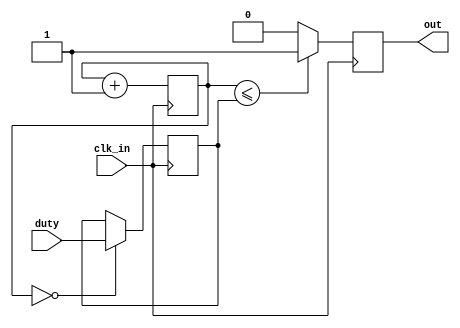
module PWM(clk_in, duty, out);
	//t = 100 us p= t/2E-8  sd = p/2E12 = 1
//   parameter period = 5_000;
	
	input clk_in;
	input [11:0] duty;
	output out;

	reg out;
	reg[11:0] duty_reg;	// registered duty cycle, to ensure update only occurs at counter rollover
	reg [11:0] counter = 12'd0;
	
	always @(posedge clk_in)
	begin
		counter <= counter + 1;
		
		if(counter <= duty_reg)//*period)
			out = 1; 
		else
			out = 0;
			
   if (counter == 12'd0)
 		duty_reg <= duty;
	end
endmodule